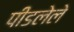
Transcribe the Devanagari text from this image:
पीडलेले